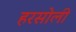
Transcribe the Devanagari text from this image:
हरसोली